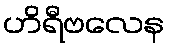
ဟိရီဗလေန